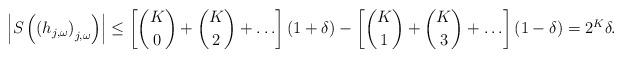
LaTeX: \begin{align*}\left| S \left( \left(h_{j,\omega} \right)_{j,\omega} \right) \right| \leq \left[ {K \choose 0} + {K \choose 2} + \ldots \right] (1+\delta) -\left[ {K \choose 1} + {K \choose 3} + \ldots \right] (1-\delta) = 2^K \delta.\end{align*}